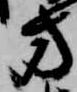
方